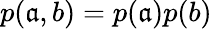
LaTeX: p(\mathfrak{a},b)=p(\mathfrak{a})p(b)